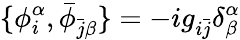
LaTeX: \{ \phi_{i}^{\alpha},\bar{\phi}_{\bar{j}\beta}\} =-ig_{i\bar{j}}\delta_{\beta}^{\alpha}